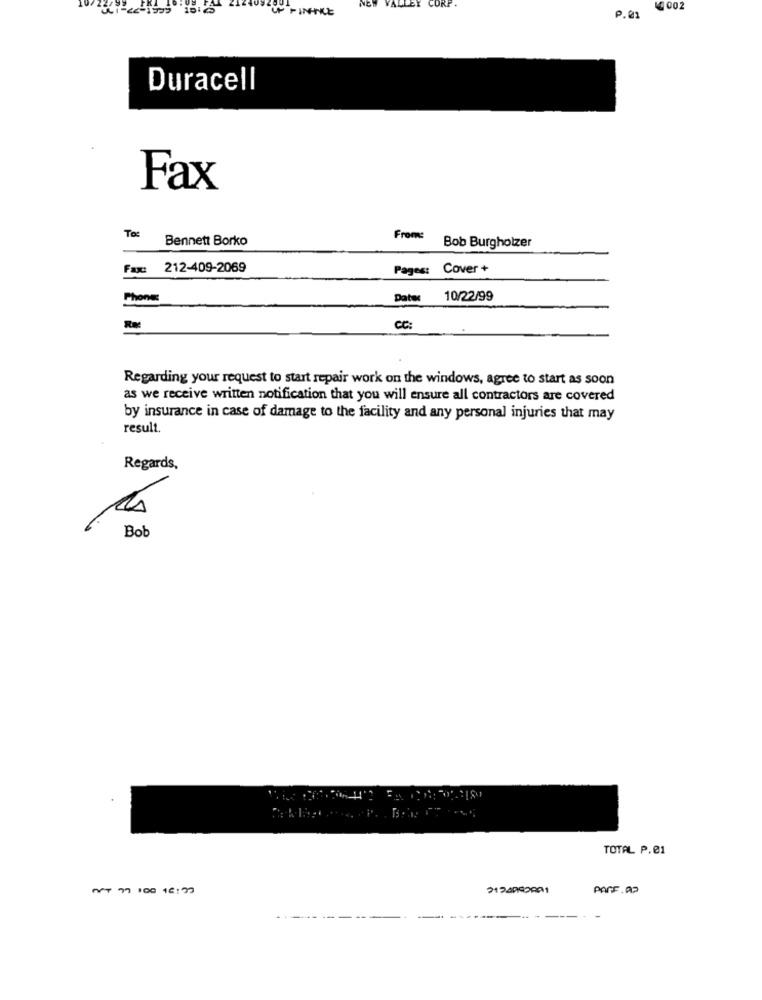
IN FINANCE
NEW VALLEY
CORP .
₩2 002
P.01
Duracell
Fax
To:
Bennett Borko
From:
Bob Burgholzer
Fax: 212-409-2069
Pages: Cover +
Phone
Date: 10/22/99
CC:
Regarding your request to start repair work on the windows, agree to start as soon
as we receive written notification that you will ensure all contractors are covered
by insurance in case of damage to the facility and any personal injuries that may
result.
Regards,
Bob
TOTAL P.01
ANT 77 100 16:37
2124000001